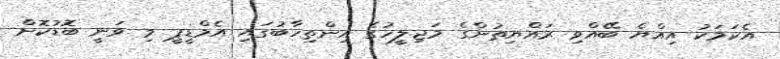
އެކަމަކު އިއްޔެ ބޭއްވި ރައްޔިތުންގެ މަޖިލީހުގެ އިންތިހާބުގައި އެމްޑީޕީ މި ވަނީ ބޮޑުކޮށް